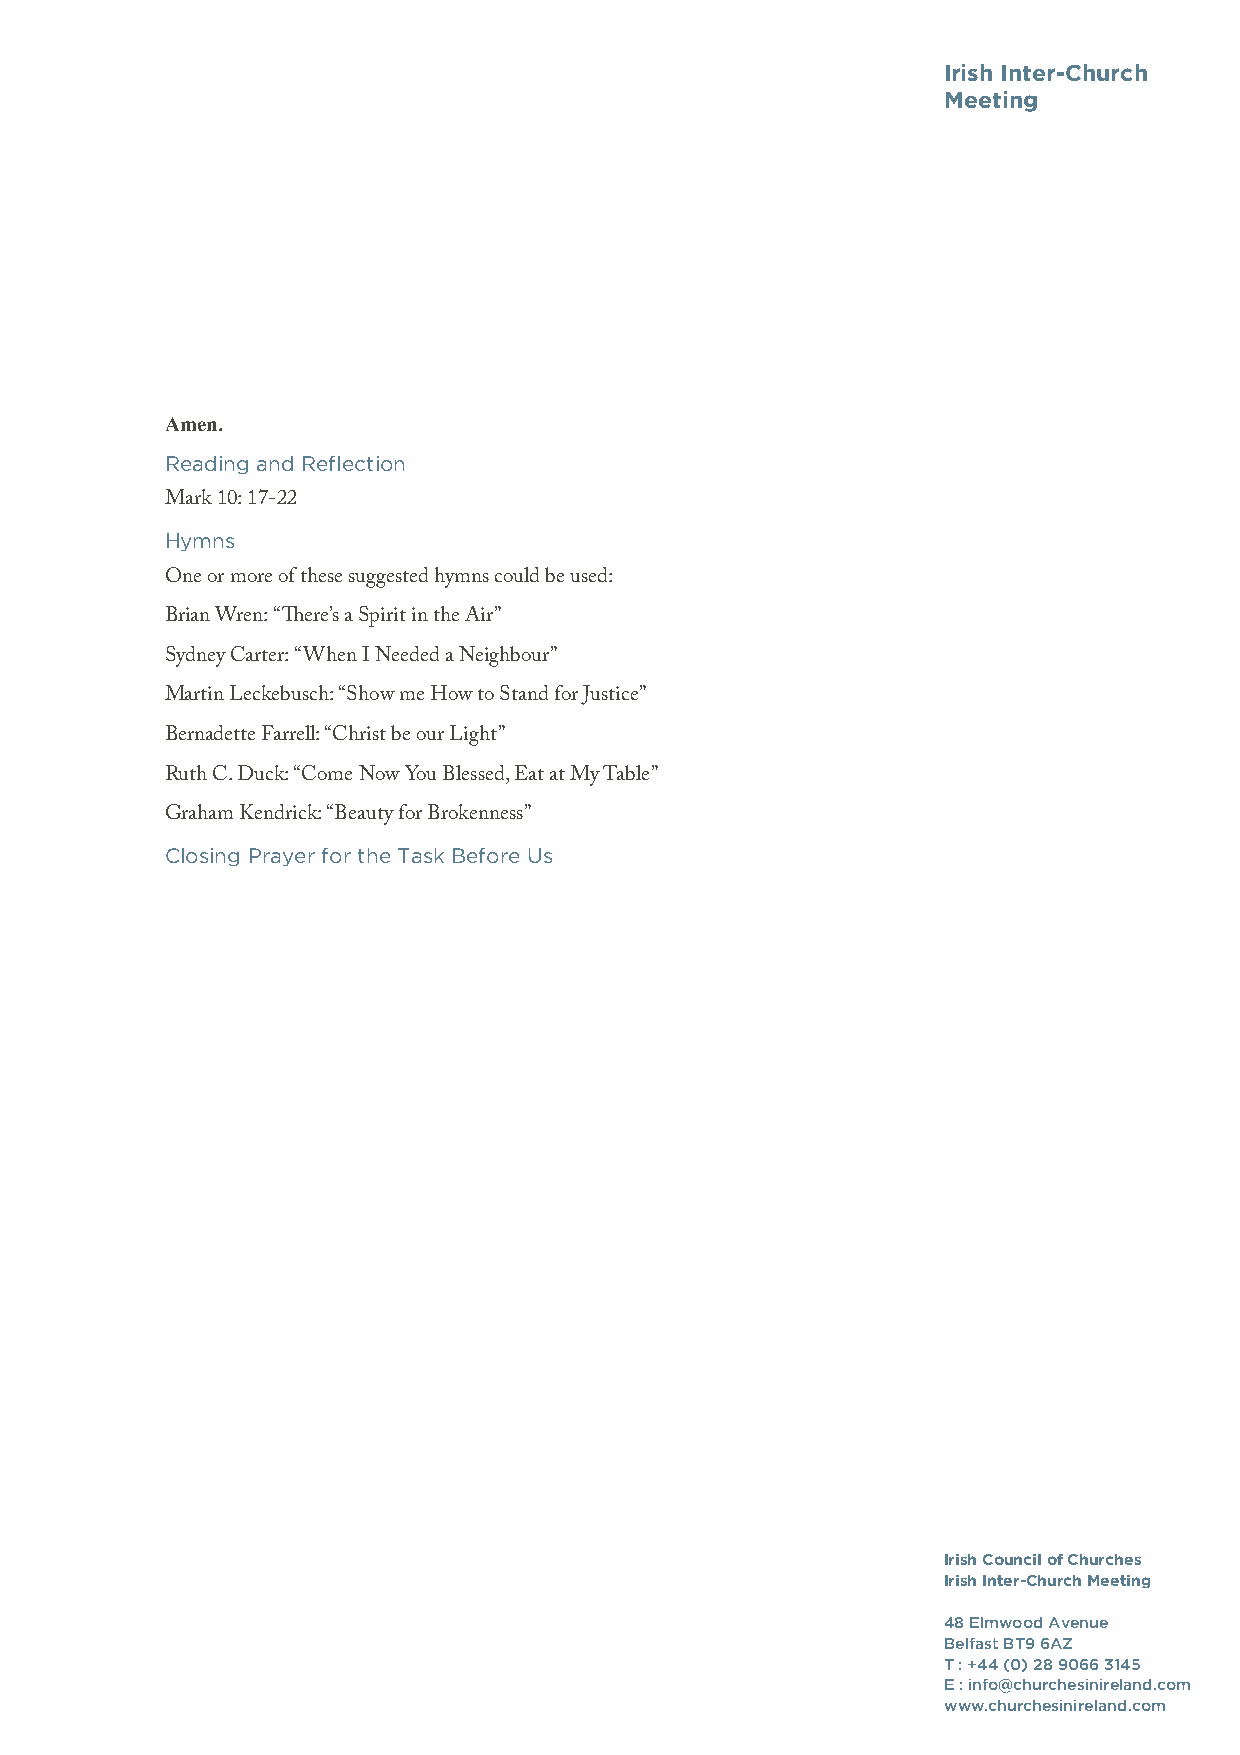
Irish Inter-Church
 Meeting
 Amen.
 Reading and Reflection
 Mark 10: 17-22
 Hymns
 One or more of these suggested hymns could be used:
 Brian Wren: “There’s a Spirit in the Air”
 Sydney Carter: “When I Needed a Neighbour”
 Martin Leckebusch: “Show me How to Stand for Justice”
 Bernadette Farrell: “Christ be our Light”
 Ruth C. Duck: “Come Now You Blessed, Eat at My Table”
 Graham Kendrick: “Beauty for Brokenness”
 Closing Prayer for the Task Before Us
 Irish Council of Churches
 Irish Inter-Church Meeting
 48 Elmwood Avenue
 Belfast BT9 6AZ
 T : +44 (0) 28 9066 3145
 E : info@churchesinireland.com
 www.churchesinireland.com